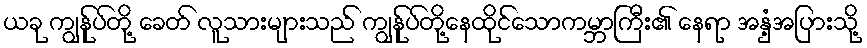
ယခု ကျွန်ုပ်တို့ ခေတ် လူသားများသည် ကျွန်ုပ်တို့နေထိုင်သောကမ္ဘာကြီး၏ နေရာ အနှံ့အပြားသို့